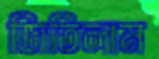
জিতিলাম